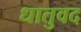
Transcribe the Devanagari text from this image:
धातुवद